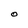
Character: O